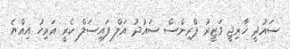
ސައުދީ ޚާރިޖީ ވަޒީރު ޕްރިންސް ސައުދު އަލް ފައިސަލް ކެރީ އަރިހު އިއްޔެ